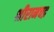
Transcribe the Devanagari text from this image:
श्रीरामचद्र